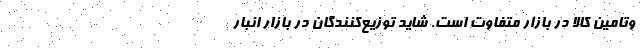
وتامين كالا در بازار متفاوت است. شايد توزيع‌كنندگان در بازار انبار